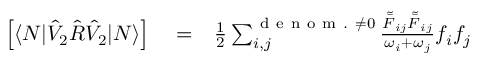
\begin{array} { r l r } { \left[ \langle N | \hat { V } _ { 2 } \hat { R } \hat { V } _ { 2 } | N \rangle \right] } & { { } = } & { \frac { 1 } { 2 } \sum _ { i , j } ^ { { \mathrm { ~ d ~ e ~ n ~ o ~ m ~ . ~ } \neq 0 } } \frac { \tilde { \bar { F } } _ { i j } \tilde { \bar { F } } _ { i j } } { \omega _ { i } + \omega _ { j } } f _ { i } f _ { j } } \end{array}